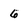
Character: 6